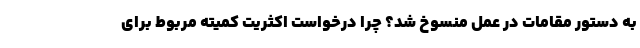
به دستور مقامات در عمل منسوخ شد؟ چرا درخواست اکثریت کمیته مربوط برای